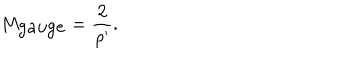
M _ { \mathrm { g a u g e } } = \frac { 2 } { \rho ^ { \prime } } .